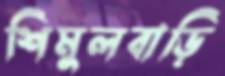
শিমুলবাড়ি